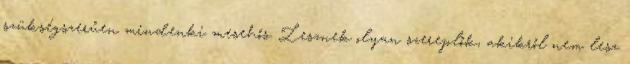
szükségszerűen mindenki mesehős. Lesznek olyan szereplők, akikről nem lesz